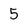
Character: 5